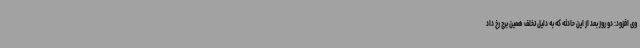
وی افزود: دو روز بعد از این حادثه که به دلیل تخلف همین برج رخ داد